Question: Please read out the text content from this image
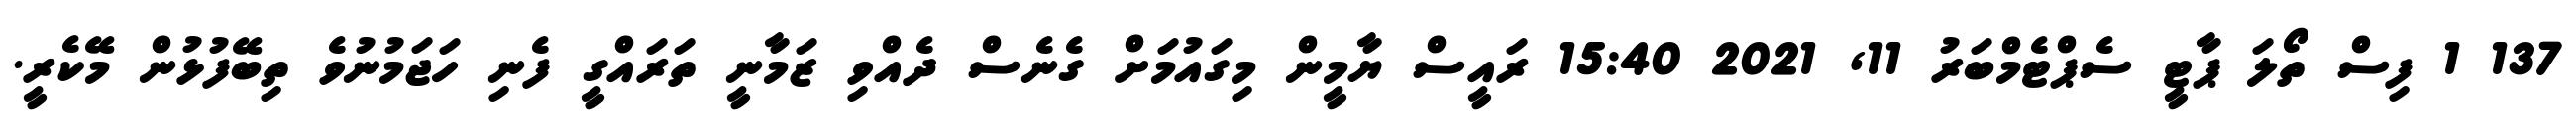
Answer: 137 1 ފިސް ތޯލަ ޕާޓީ ސެޕްޓެމްބަރު 11, 2021 15:40 ރައީސް ޔާމީން މިގައުމަށް ގެނެސް ދެއްވި ޒަމާނީ ތަރައްގީ ފެނި ހަޖަމުނުވެ ތިބޭފުޅުން މޭކެރީ.